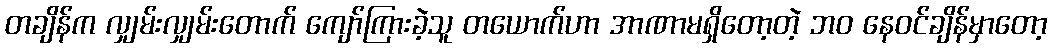
တချိန်က လျှမ်းလျှမ်းတောက် ကျော်ကြားခဲ့သူ တယောက်ဟာ အာဏာမရှိတော့တဲ့ ဘဝ နေဝင်ချိန်မှာတော့